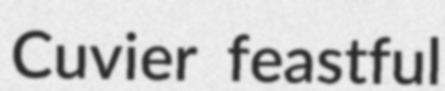
Cuvier feastful